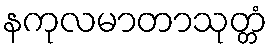
နကုလမာတာသုတ္တံ